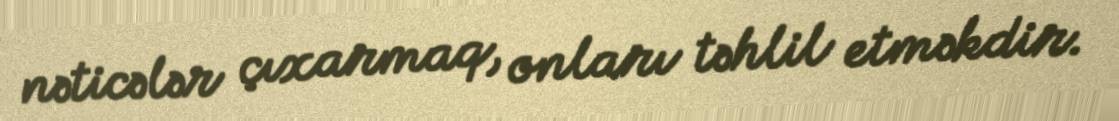
nəticələr çıxarmaq, onları təhlil etməkdir.